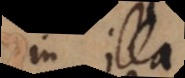
in illa